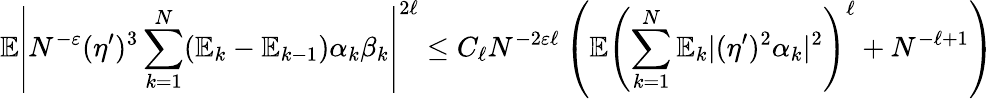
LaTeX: \mathbb{E}\left|N^{-\varepsilon}(\eta^{\prime})^{3}\sum_{k=1}^{N}(\mathbb{E}_{k}-\mathbb{E}_{k-1})\alpha_{k}\beta_{k}\right|^{2\ell}\leq C_{\ell}N^{-2\varepsilon\ell}\left(\mathbb{E}\left(\sum_{k=1}^{N}\mathbb{E}_{k}|(\eta^{\prime})^{2}\alpha_{k}|^{2}\right)^{\ell}+N^{-\ell+1}\right)